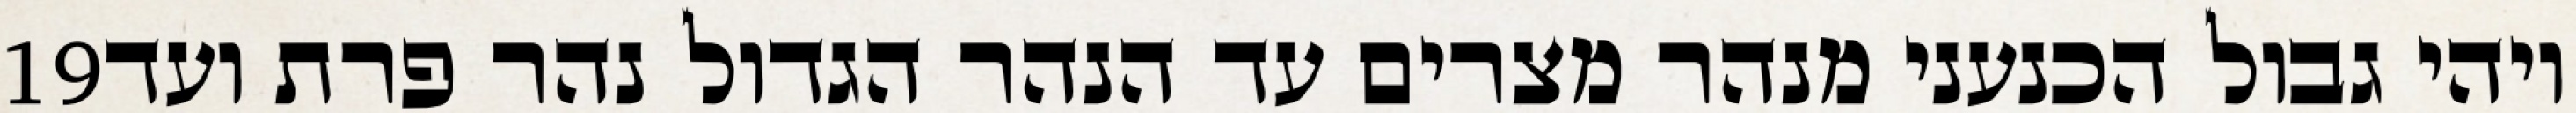
‎19‏ ויהי גבול הכנעני מנהר מצרים עד הנהר הגדול נהר פרת ועד